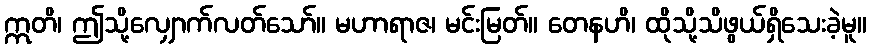
ဣတိ၊ ဤသို့လျှောက်လတ်သော်။ မဟာရာဇ၊ မင်းမြတ်။ တေနဟိ၊ ထိုသို့သိဖွယ်ရှိသေးခဲ့မူ။